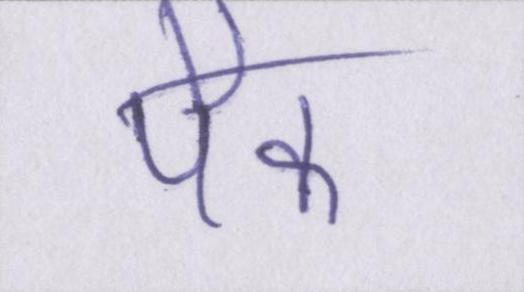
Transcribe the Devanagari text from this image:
पैक